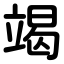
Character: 竭